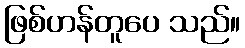
ဖြစ်ဟန်တူပေ သည်။